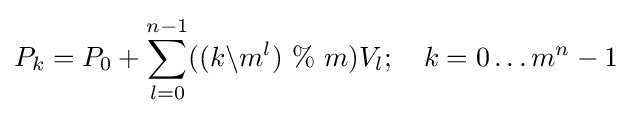
P_{k}=P_{0}+\sum _{l=0}^{n-1}((k\backslash m^{l})\ \%\ m)V_{l};\quad k=0\dots m^{n}-1